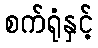
စက်ရုံနှင့်